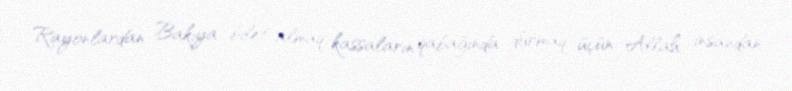
Rayonlardan Bakıya bilet almaq, kassaların qabağında durmaq üçün Allah insandan